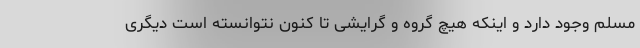
مسلم وجود دارد و اینکه هیچ گروه و گرایشی تا کنون نتوانسته است دیگری